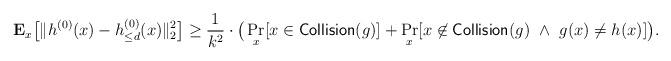
LaTeX: \begin{align*}\mathbf{E}_{x } \big[ \Vert h^{(0)} (x) - h^{(0)}_{\le d}(x)\Vert_2^2 \big] \geq \frac{1}{k^2} \cdot \big( \Pr_{x } [x \in \mathsf{Collision}(g)] + \Pr_{x } [x \not \in \mathsf{Collision}(g) \ \wedge \ g(x) \not = h(x) ]\big). \end{align*}